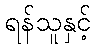
ရန်သူနှင့်